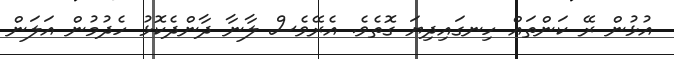
އުޅުން ރޭ ކަންތައް ހިނގައިދިޔަ ގޮތެވެ. އެރޭވެސް ލާނާ ދާންދެކޮޅު ހެދުމުން އަލަން